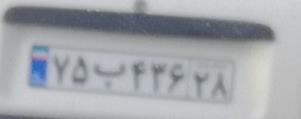
۷۵ب۴۳۶۲۸